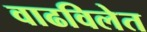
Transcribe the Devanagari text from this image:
वाढविलेत